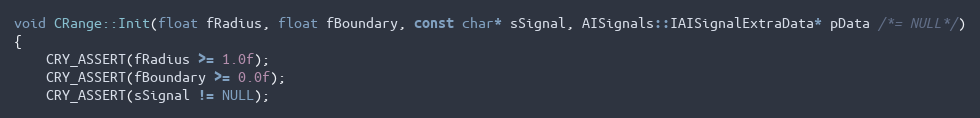
Language: C++
void CRange::Init(float fRadius, float fBoundary, const char* sSignal, AISignals::IAISignalExtraData* pData /*= NULL*/)
{
	CRY_ASSERT(fRadius >= 1.0f);
	CRY_ASSERT(fBoundary >= 0.0f);
	CRY_ASSERT(sSignal != NULL);